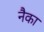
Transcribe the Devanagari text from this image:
नैका